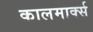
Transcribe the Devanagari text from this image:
कालमार्क्स